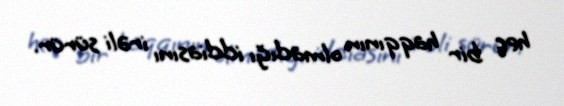
heç bir haqqının olmadığı iddiasını irəli sürür.